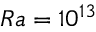
R a = 1 0 ^ { 1 3 }